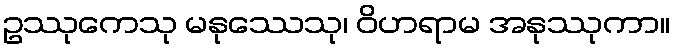
ဥဿုကေသု မနုဿေသု၊ ဝိဟရာမ အနုဿုကာ။